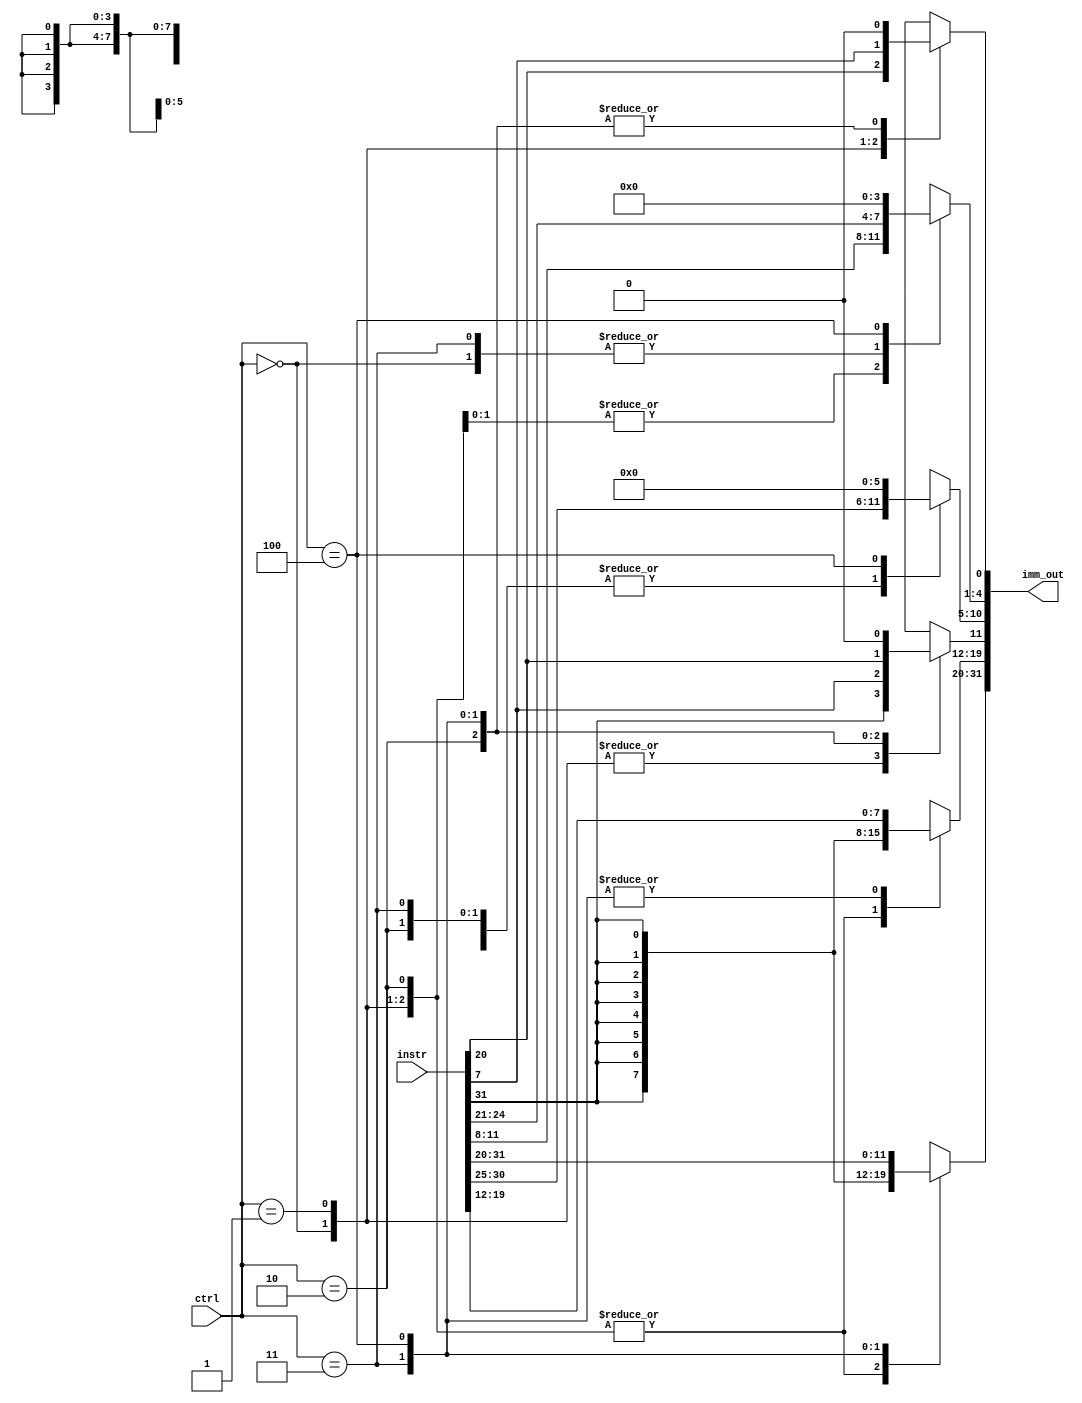

`timescale 1ns/1ns

module imm_handler(
    input [31:0] instr,
    input [2:0] ctrl, //control signals to choos immediate type
    
    output reg [31:0] imm_out
);


always@(*)
begin 
    case(ctrl)
        3'b000:          // i-imm
            begin
                imm_out[0] = instr[20];
                imm_out[4:1] = instr[24:21];
                imm_out[10:5] = instr[30:25];
                imm_out[31:11] = {20{instr[31]}};
                // $display("IIMM");
            end
            
            
        3'b001:          // s-imm
            begin
                imm_out[0] = instr[7];
                imm_out[4:1] = instr[11:8];
                imm_out[10:5] = instr[30:25];
                imm_out[31:11] = {20{instr[31]}};
                // $display("SIMM");
            end
                
            
        3'b010:        // b-imm
            begin
                imm_out[0] = 1'b0;
                imm_out[4:1] = instr[11:8];
                imm_out[10:5] = instr[30:25];
                imm_out[11] = instr[7];
                imm_out[31:12] = {19{instr[31]}};
                // $display("BIMM");
            end
        
        3'b011:        // j-imm
            begin
                imm_out[0] = 1'b0;
                imm_out[4:1] = instr[24:21];
                imm_out[10:5] = instr[30:25];
                imm_out[11] = instr[20];
                imm_out[19:12] = instr[19:12];
                imm_out[31:20] = {19{instr[31]}};
                // $display("JIMM");
            end   
            
        3'b100:        // U-imm
            begin
                imm_out[11:0] = 11'd0;
                imm_out[19:12] = instr[19:12];
                imm_out[31:20] = instr[31 : 20];
                // $display("UIMM");
            end  
        
        default:
            imm_out = 32'bx;
    
    endcase


end


endmodule